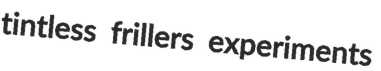
tintless frillers experiments